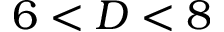
6 < D < 8